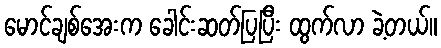
မောင်ချစ်အေးက ခေါင်းဆတ်ပြပြီး ထွက်လာ ခဲ့တယ်။